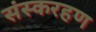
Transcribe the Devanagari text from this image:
संस्करहण